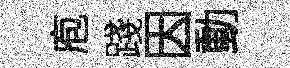
庖踐因動